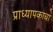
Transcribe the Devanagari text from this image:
प्राध्यापकाचा